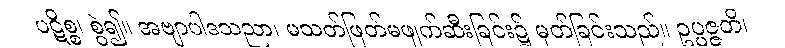
ပဋိစ္စ၊ စွဲ၍။ အဗျာပါဒသညာ၊ မသတ်ဖြတ်မဖျက်ဆီးခြင်း၌ မှတ်ခြင်းသည်။ ဥပ္ပဇ္ဇတိ၊